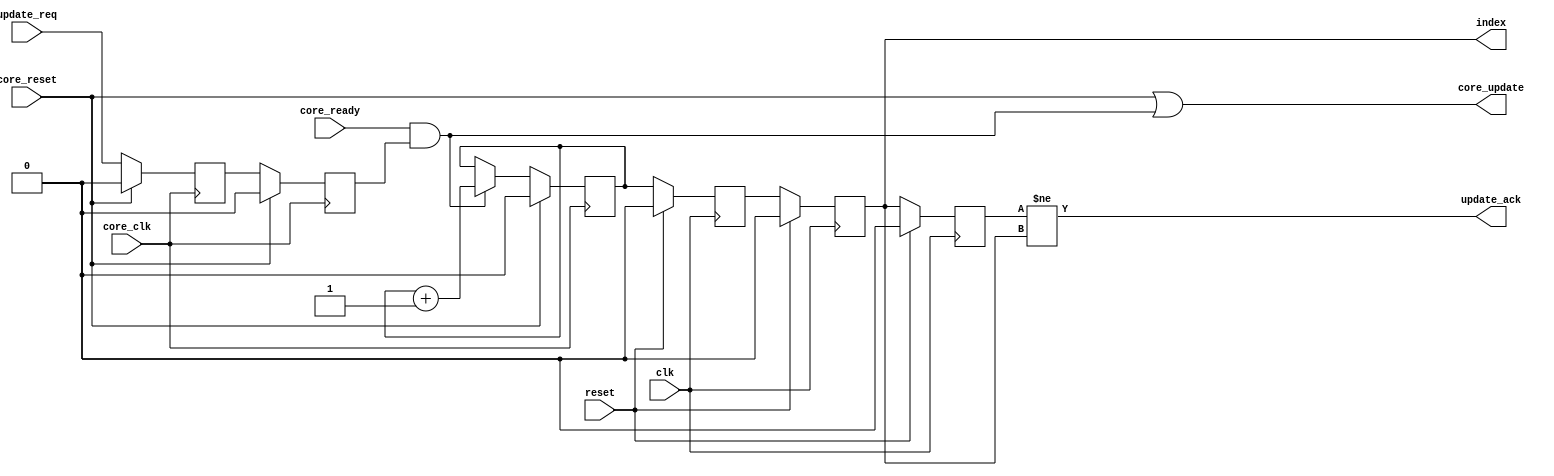
module jelly_shadow_reg_ctl
        #(
            parameter   INDEX_WIDTH = 1,
            parameter   INIT_INDEX  = {INDEX_WIDTH{1'b0}}
        )
        (
            input   wire                            reset,
            input   wire                            clk,
            input   wire                            update_req,
            output  wire                            update_ack,
            output  wire    [INDEX_WIDTH-1:0]       index,
            
            input   wire                            core_reset,
            input   wire                            core_clk,
            input   wire                            core_ready,
            output  wire                            core_update
        );
    
    wire    [INDEX_WIDTH-1:0]   sig_index;
    
    (* ASYNC_REG = "true" *)    reg     [INDEX_WIDTH-1:0]   ff0_index;
    (* ASYNC_REG = "true" *)    reg     [INDEX_WIDTH-1:0]   ff1_index;
    (* ASYNC_REG = "true" *)    reg     [INDEX_WIDTH-1:0]   ff2_index;
    
    always @(posedge clk) begin
        if ( reset ) begin
            ff0_index <= INIT_INDEX;
            ff1_index <= INIT_INDEX;
            ff2_index <= INIT_INDEX;
        end
        else begin
            ff0_index <= sig_index;
            ff1_index <= ff0_index;
            ff2_index <= ff1_index;
        end
    end
    
    assign update_ack = (ff2_index[0] != ff1_index[0]);
    assign index      = ff1_index;
    
    
    
    (* ASYNC_REG = "true" *)    reg         ff0_update;
    (* ASYNC_REG = "true" *)    reg         ff1_update;
    always @(posedge core_clk) begin
        if ( core_reset ) begin
            ff0_update <= 1'b0;
            ff1_update <= 1'b0;
        end
        else begin
            ff0_update <= update_req;
            ff1_update <= ff0_update;
        end
    end
    
    reg     [INDEX_WIDTH-1:0]   reg_index;
    always @(posedge core_clk) begin
        if ( core_reset ) begin
            reg_index <= INIT_INDEX;
        end
        else begin
            if ( core_ready && ff1_update ) begin
                reg_index <= reg_index + 1'b1;
            end
        end
    end
    
    assign core_update = (core_reset || (core_ready && ff1_update));
    assign sig_index   = reg_index;
    
endmodule